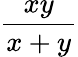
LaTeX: \frac{xy}{x+y}